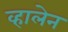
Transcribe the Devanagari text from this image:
व्हालेन